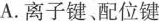
A. 离子键、配位键